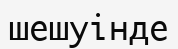
шешуінде